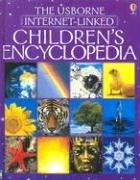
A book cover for Childrens Encyclopedia: The Usborne Internet-Linked (First Encyclopedias); Felicity Brooks; Reference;